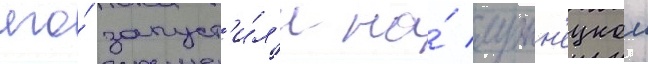
его́ запуст'и́л'и на́ лужн'ецкои